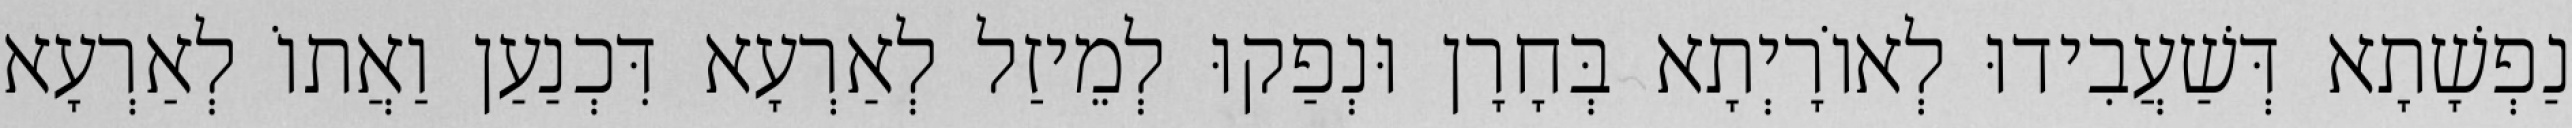
נַפְשָׁתָא דְּשַׁעֲבִידוּ לְאוֹרָיְתָא בְּחָרָן וּנְפַקוּ לְמֵיזַל לְאַרְעָא דִּכְנַעַן וַאֲתוֹ לְאַרְעָא